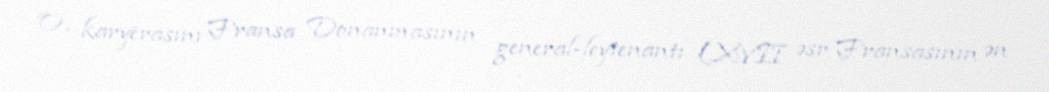
O, karyerasını Fransa Donanmasının general-leytenantı (XVII əsr Fransasının ən